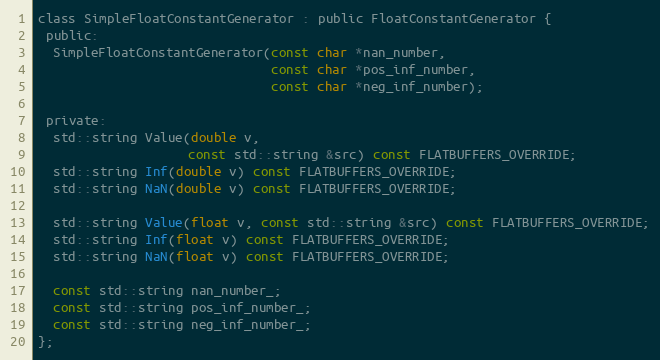
Language: C
class SimpleFloatConstantGenerator : public FloatConstantGenerator {
 public:
  SimpleFloatConstantGenerator(const char *nan_number,
                               const char *pos_inf_number,
                               const char *neg_inf_number);

 private:
  std::string Value(double v,
                    const std::string &src) const FLATBUFFERS_OVERRIDE;
  std::string Inf(double v) const FLATBUFFERS_OVERRIDE;
  std::string NaN(double v) const FLATBUFFERS_OVERRIDE;

  std::string Value(float v, const std::string &src) const FLATBUFFERS_OVERRIDE;
  std::string Inf(float v) const FLATBUFFERS_OVERRIDE;
  std::string NaN(float v) const FLATBUFFERS_OVERRIDE;

  const std::string nan_number_;
  const std::string pos_inf_number_;
  const std::string neg_inf_number_;
};